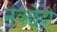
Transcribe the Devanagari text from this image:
नक्छेदी